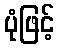
ပုံဖြင့်